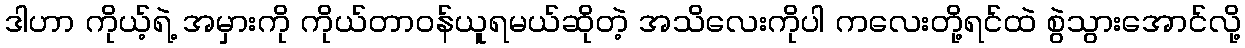
ဒါဟာ ကိုယ့်ရဲ့ အမှားကို ကိုယ်တာဝန်ယူရမယ်ဆိုတဲ့ အသိလေးကိုပါ ကလေးတို့ရင်ထဲ စွဲသွားအောင်လို့